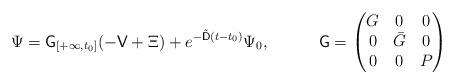
LaTeX: \begin{align*}\Psi&= \mathsf{G}_{[+\infty ,t_0]}(-\mathsf{V} + \Xi)+ e^{-\tilde{\mathsf{D}}(t-t_0)}\Psi_0,&\mathsf{G}&=\begin{pmatrix}G&0&0\\0&\bar{G}&0\\0&0&P\end{pmatrix} \end{align*}